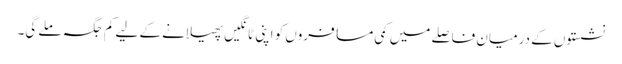
نشستوں کے درمیان فاصلے میں کمی مسافروں کو اپنی ٹانگیں پھیلانے کے لیے کم جگہ ملے گی۔